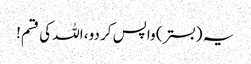
یہ (بستر) واپس کر دو، اللہ کی قسم!